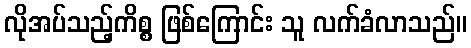
လိုအပ်သည့်ကိစ္စ ဖြစ်ကြောင်း သူ လက်ခံလာသည်။